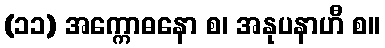
(၁၁) အက္ကောဓနော စ၊ အနုပနာဟီ စ။